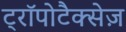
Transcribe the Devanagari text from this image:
ट्रॉपोटैक्सेज़